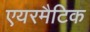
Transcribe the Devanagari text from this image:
एयरमैटिक